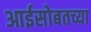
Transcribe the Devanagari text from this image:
आईसोबतच्या